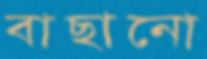
বাছানো